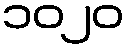
၁၀၂၀